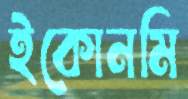
ইকোনমি